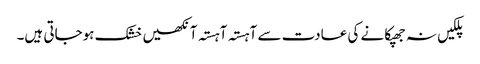
پلکیں نہ جھپکانے کی عادت سے آہستہ آہستہ آنکھیں خشک ہوجاتی ہیں۔